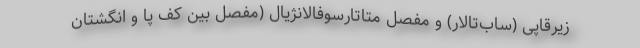
زیرقاپی (ساب‌تالار) و مفصل متاتارسوفالانژیال (مفصل بین کف پا و انگشتان